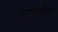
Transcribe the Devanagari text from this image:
कॅल्षाइन्रिन